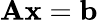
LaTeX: \mathbf{Ax}=\mathbf{b}